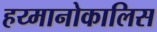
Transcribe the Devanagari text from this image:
हय्मानोकालिस